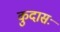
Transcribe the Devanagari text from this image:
कुदासः